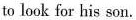
to look for his son.